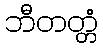
ဘီတတ္တံ